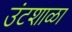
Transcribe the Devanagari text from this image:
उंटशाळा